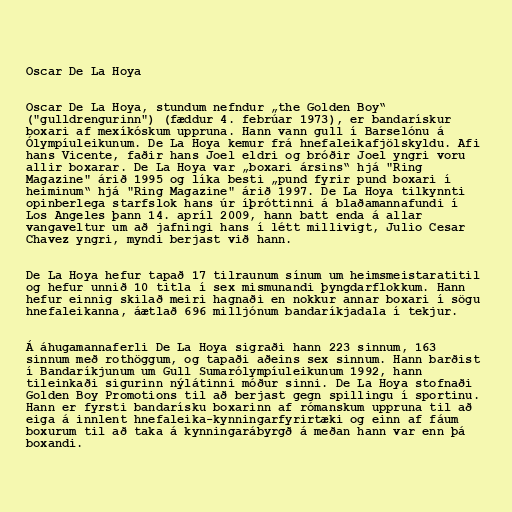
Oscar De La Hoya

Oscar De La Hoya, stundum nefndur „the Golden Boy“
("gulldrengurinn") (fæddur 4. febrúar 1973), er bandarískur
boxari af mexíkóskum uppruna. Hann vann gull í Barselónu á
Ólympíuleikunum. De La Hoya kemur frá hnefaleikafjölskyldu. Afi
hans Vicente, faðir hans Joel eldri og bróðir Joel yngri voru
allir boxarar. De La Hoya var „boxari ársins“ hjá "Ring
Magazine" árið 1995 og líka besti „pund fyrir pund boxari í
heiminum“ hjá "Ring Magazine" árið 1997. De La Hoya tilkynnti
opinberlega starfslok hans úr íþróttinni á blaðamannafundi í
Los Angeles þann 14. apríl 2009, hann batt enda á allar
vangaveltur um að jafningi hans í létt millivigt, Julio Cesar
Chavez yngri, myndi berjast við hann.

De La Hoya hefur tapað 17 tilraunum sínum um heimsmeistaratitil
og hefur unnið 10 titla í sex mismunandi þyngdarflokkum. Hann
hefur einnig skilað meiri hagnaði en nokkur annar boxari í sögu
hnefaleikanna, áætlað 696 milljónum bandaríkjadala í tekjur.

Á áhugamannaferli De La Hoya sigraði hann 223 sinnum, 163
sinnum með rothöggum, og tapaði aðeins sex sinnum. Hann barðist
í Bandaríkjunum um Gull Sumarólympíuleikunum 1992, hann
tileinkaði sigurinn nýlátinni móður sinni. De La Hoya stofnaði
Golden Boy Promotions til að berjast gegn spillingu í sportinu.
Hann er fyrsti bandarísku boxarinn af rómanskum uppruna til að
eiga á innlent hnefaleika-kynningarfyrirtæki og einn af fáum
boxurum til að taka á kynningarábyrgð á meðan hann var enn þá
boxandi.